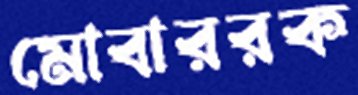
মোবাররক